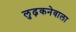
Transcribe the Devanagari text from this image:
लुढ़कनेवाला